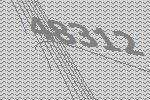
48312